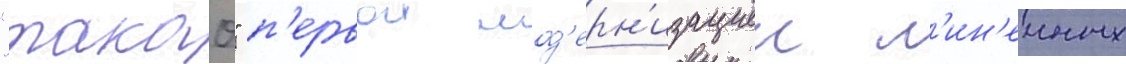
"такао" п'ервои мод'ерн'изациеи л'ин'еиных